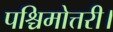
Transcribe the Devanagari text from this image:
पश्चिमोत्तरी।